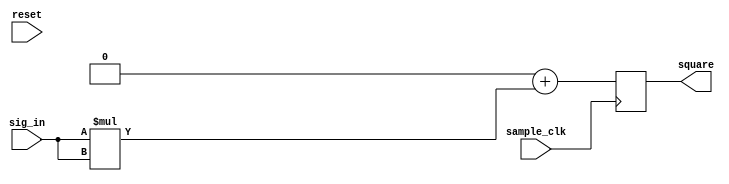
module square_sum(
	input wire signed [7:0] sig_in,
	input wire sample_clk,
	input wire reset,
	output reg signed [15:0] square
);

initial begin
	square <= 16'b0;
end

always @ (posedge sample_clk) begin
	
end

always @ (negedge sample_clk) begin
	// Negedge that way it happens right after
	// the posedge clk of the orthogonal when
	// the result is updated
	//if (reset == 1'b1) begin
		square <= 0 + sig_in*sig_in;
	//end
	//else begin
		//square <= square + sig_in*sig_in;
	//end
end

endmodule